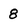
Character: 8